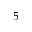
5